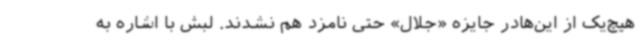
هیچ‌یک از این‌هادر جایزه «جلال» حتی نامزد هم نشدند. لبش با اشاره به